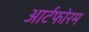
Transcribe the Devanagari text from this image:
आर्टफोरम